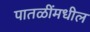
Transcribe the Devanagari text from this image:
पातळींमधील